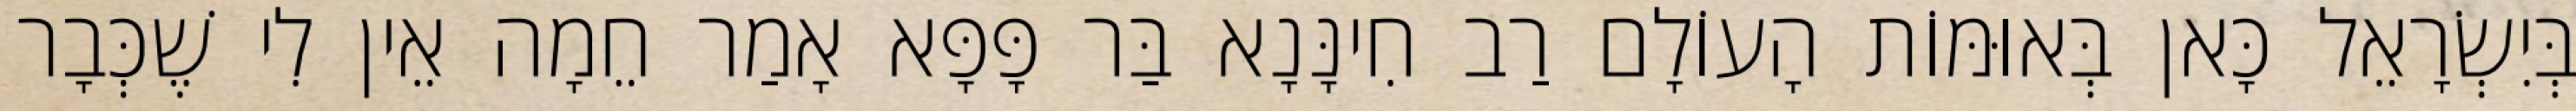
בְּיִשְׂרָאֵל כָּאן בְּאוּמּוֹת הָעוֹלָם רַב חִינָּנָא בַּר פָּפָּא אָמַר חֵמָה אֵין לִי שֶׁכְּבָר